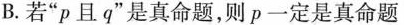
B.若”p且q”是真命题，则p一定是真命题